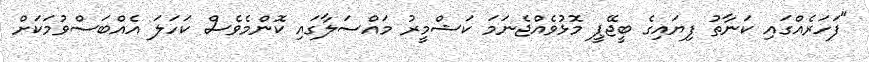
"ފަހަރެއްގައި ކަނާތު ފިޔައިގެ ބީޖޭޕީ މޮޅުވެއްޖެނަމަ ކަޝްމީރު މައްސަލާގައި ކޮންމެވެސް ކަހަލަ އެއްބަސްވުމަކަށް